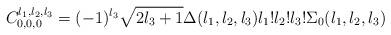
LaTeX: \begin{align*}C_{0,0,0}^{l_{1},l_{2},l_{3}}=(-1)^{l_{3}}\sqrt{2l_{3}+1}\Delta(l_{1},l_{2},l_{3})l_{1}!l_{2}!l_{3}!\Sigma_{0}(l_{1},l_{2},l_{3}) \end{align*}